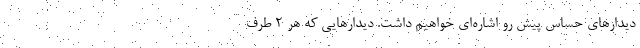
دیدارهای حساس پیش رو اشاره‌ای خواهیم داشت. دیدارهایی که هر ۲ طرف